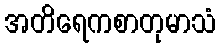
အတိရေကစာတုမာသံ